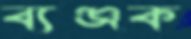
ব্যঞ্জক